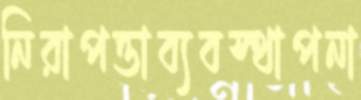
নিরাপত্তাব্যবস্থাপনা